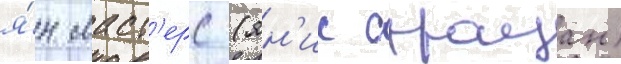
я́н маст'ерс (ян'ис страуан)